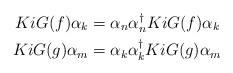
LaTeX: \begin{align*} KiG(f) \alpha_k & = \alpha_n\alpha_n^\dagger KiG(f)\alpha_k\\ KiG(g) \alpha_m & = \alpha_k\alpha_k^\dagger KiG(g)\alpha_m\\\end{align*}